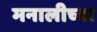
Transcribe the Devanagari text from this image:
मनालीच्या